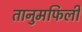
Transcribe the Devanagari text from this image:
तानुमफिली